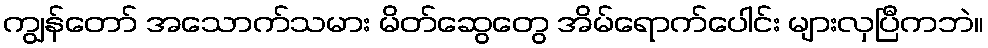
ကျွန်တော် အသောက်သမား မိတ်ဆွေတွေ အိမ်ရောက်ပေါင်း များလှပြီကဘဲ။